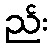
ည်း